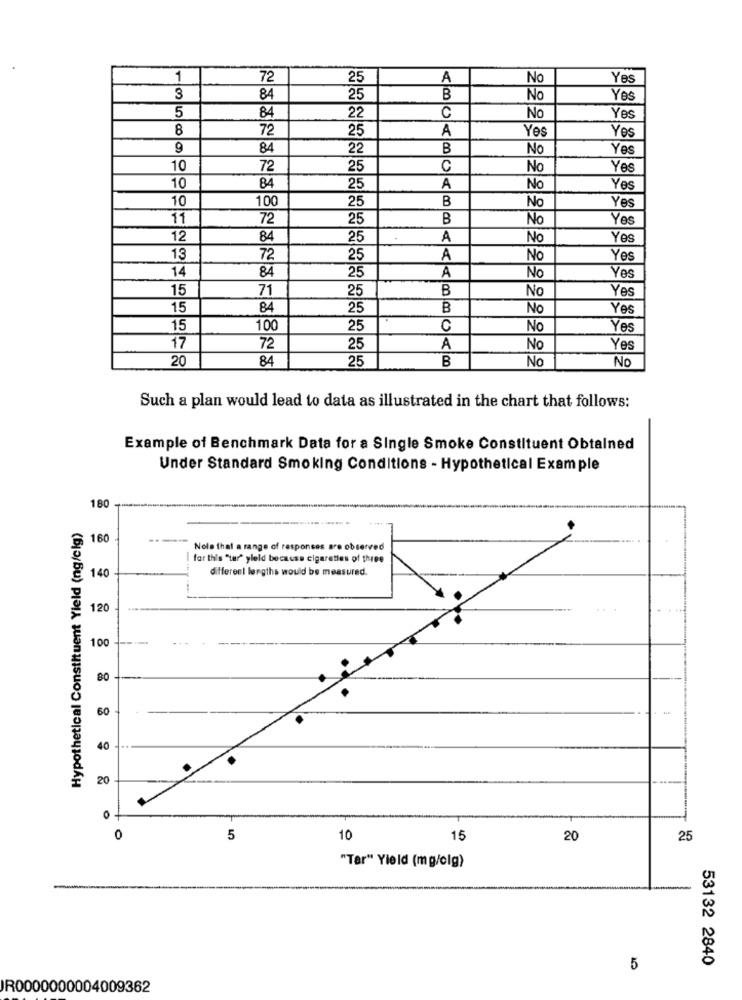
1
72
25
A
No
Yes
3
84
25
B
No
Yes
5
84
C
22
No
Yes
8
72
25
A
Yes
Yes
9
84
22
B
No
Yes
10
72
25
C
No
Yes
10
84
25
A
No
Yes
10
100
25
B
No
Yes
11
72
25
B
No
Yes
12
84
25
A
No
Yes
13
72
25
A
No
Yes
14
84
25
A
No
Yes
15
71
25
B
No
Yes
15
84
25
B
No
Yes
15
100
25
C
No
Yes
17
72
25
A
No
Yes
20
84
25
B
No
No
Such a plan would lead to data as illustrated in the chart that follows:
Example of Benchmark Data for a Single Smoke Constituent Obtained
Under Standard Smoking Conditions - Hypothetical Example
180 -
Hypothetical Constituent Yield (ng/cig)
160
Nole that a range of responses are observed
for this "tur" yleld because cigareties of three
140
different lengths would be measured.
120
100
80
60
40 .
20
of
0
5
10
15
20
25
"Tar" Yield (mg/clg)
53132 2840
5
R0000000004009362